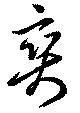
爽